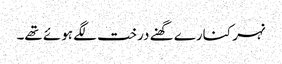
نہر کنارے گھنے درخت لگے ہوئے تھے۔